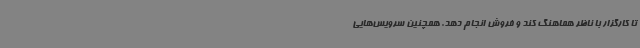
تا کارگزار با ناظر هماهنگ کند و فروش انجام دهد. همچنین سرویس‌هایی